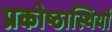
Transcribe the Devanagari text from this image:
प्रकोष्ठास्थियों